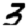
Digit: 3